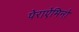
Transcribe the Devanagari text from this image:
पेराऐमिनो